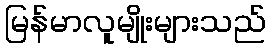
မြန်မာလူမျိုးများသည်